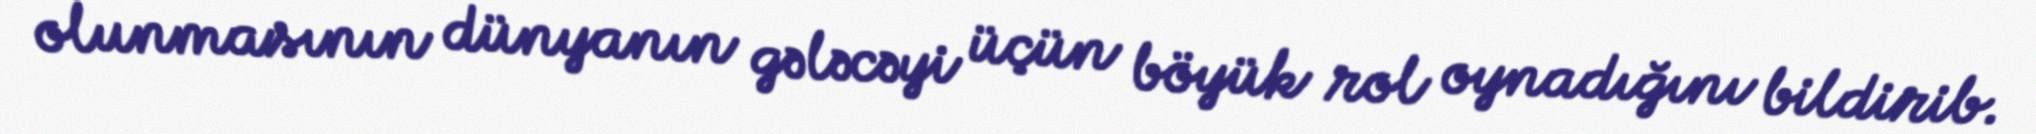
olunmasının dünyanın gələcəyi üçün böyük rol oynadığını bildirib.